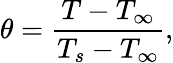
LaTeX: \theta=\frac{T-T_{\infty}}{T_{s}-T_{\infty}},